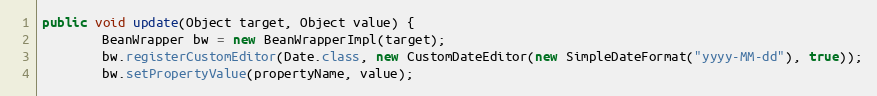
Language: Java
public void update(Object target, Object value) {
        BeanWrapper bw = new BeanWrapperImpl(target);
        bw.registerCustomEditor(Date.class, new CustomDateEditor(new SimpleDateFormat("yyyy-MM-dd"), true));
        bw.setPropertyValue(propertyName, value);